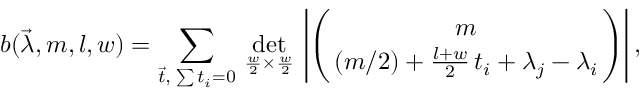
b ( \vec { \lambda } , m , l , w ) = \sum _ { \vec { t } , \; \sum t _ { i } = 0 } \, \operatorname * { d e t } _ { \frac { w } { 2 } \times \frac { w } { 2 } } \, \left| \Biggl ( { m \atop ( m / 2 ) + \frac { l + w } { 2 } \, t _ { i } + \lambda _ { j } - \lambda _ { i } } \Biggr ) \right| ,